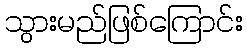
သွားမည်ဖြစ်ကြောင်း